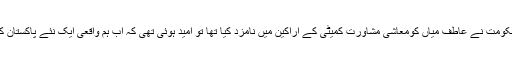
جب عمران خان کی حکومت نے عاطف میاں کومعاشی مشاورت کمیٹی کے اراکین میں نامزد کیا تھا تو امید ہوئی تھی کہ اب ہم واقعی ایک نئے پاکستان کی جانب چل پڑے ہیں۔